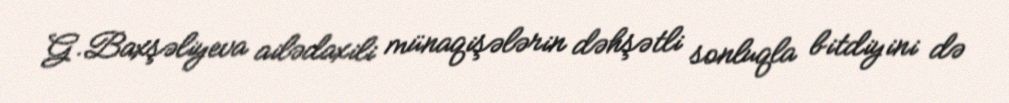
G.Baxşəliyeva ailədaxili münaqişələrin dəhşətli sonluqla bitdiyini də